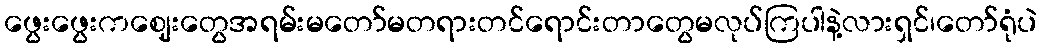
ဖွေးဖွေးကဈေးတွေအရမ်းမတော်မတရားတင်ရောင်းတာတွေမလုပ်ကြပါနဲ့လားရှင်၊တော်ရုံပဲ